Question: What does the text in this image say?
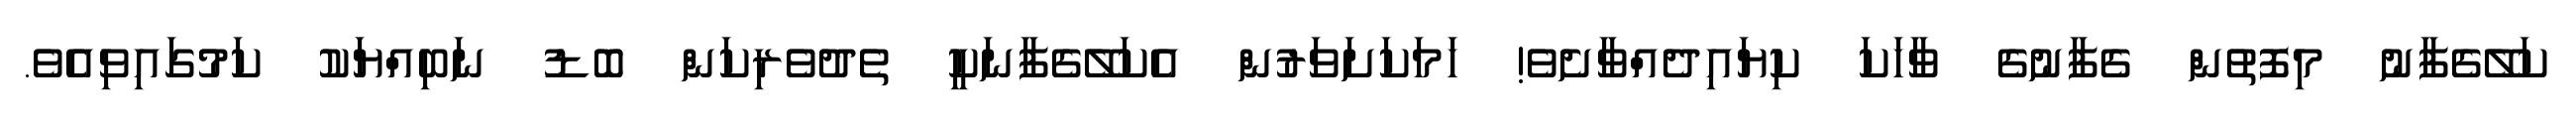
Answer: ކަލޭގެފާނު މިފޮތުން ގެފާނުގެ ވާހަކަ ކިޔައިދެއްވާށެވެ! ހަމަކަށަވަރުން އެކަލޭގެފާނަކީ ތެދުވެރިކަން ބޮޑު ނަބިއްޔަކު ކަމުގައިވިއެވެ.